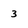
Character: 3